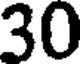
30